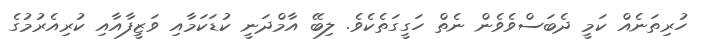
ހުރިތަނެއް ކަމީ ދެބަސްވެވެން ނެތް ހަގީގަތެކެވެ. ލިބޭ އާމްދަނީ ކުޑަކަމާއި ވަޒީފާއާއި ކުރިއެރުމުގެ